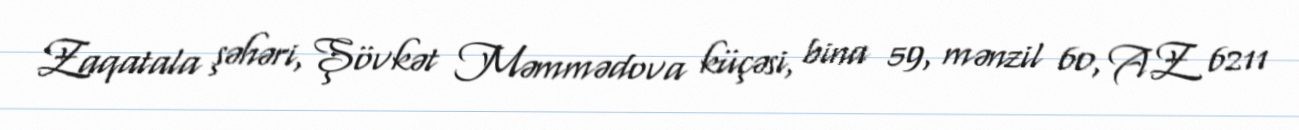
Zaqatala şəhəri, Şövkət Məmmədova küçəsi, bina 59, mənzil 60, AZ 6211